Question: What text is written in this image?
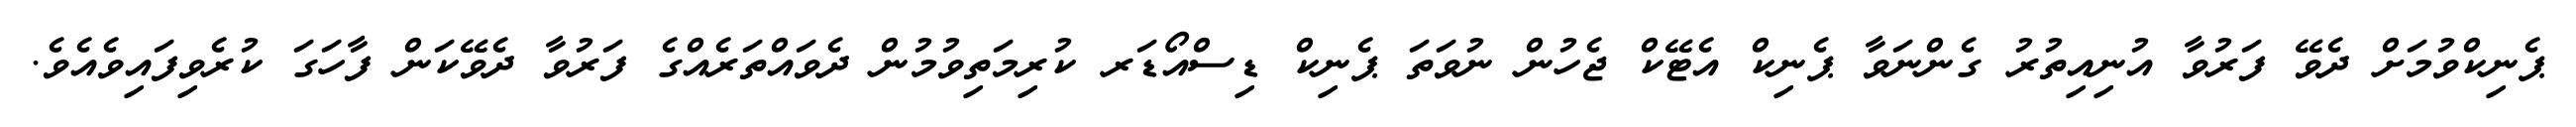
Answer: ޕެނިކްވުމަށް ދެވޭ ފަރުވާ އުނިއިތުރު ގެންނަވާ ޕެނިކް އެޓޭކް ޖެހުން ނުވަތަ ޕެނިކް ޑިސްއޯޑަރ ކުރިމަތިވުމުން ދެވައްތަރެއްގެ ފަރުވާ ދެވޭކަން ފާހަގަ ކުރެވިފައިވެއެވެ.